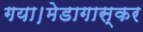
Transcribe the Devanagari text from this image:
गया।मेडागास्कर